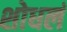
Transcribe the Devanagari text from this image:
शोधलं